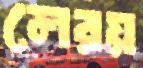
লেরয়